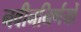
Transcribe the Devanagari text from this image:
नवीननिर्णयों